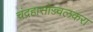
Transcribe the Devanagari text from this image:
चंद्रहासोज्ज्वलकरा